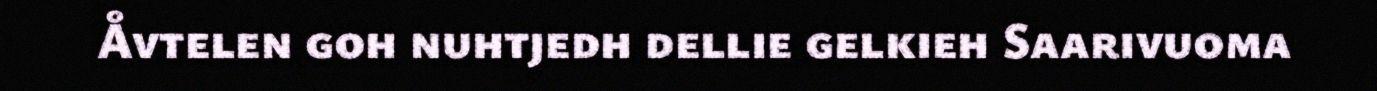
Åvtelen goh nuhtjedh dellie gelkieh Saarivuoma